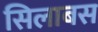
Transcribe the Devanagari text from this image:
सिलाबस